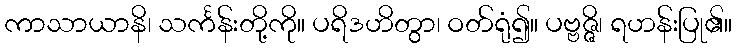
ကာသာယာနိ၊ သင်္ကန်းတို့ကို။ ပရိဒဟိတွာ၊ ဝတ်ရုံ၍။ ပဗ္ဗဇ္ဇိ၊ ရဟန်းပြု၏။